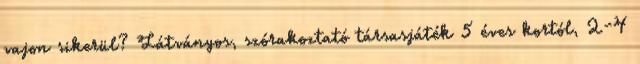
vajon sikerül? Látványos, szórakoztató társasjáték 5 éves kortól, 2-4